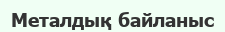
Металдық байланыс